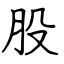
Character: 股